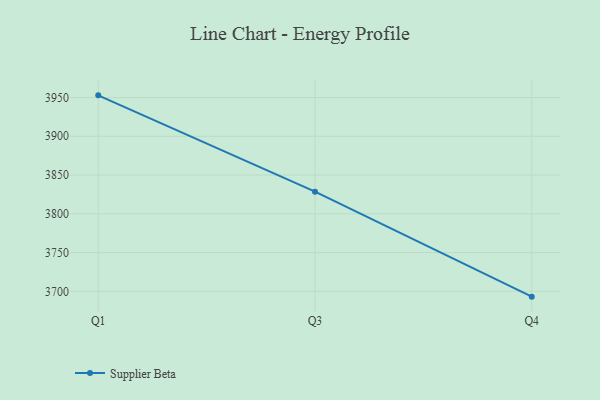
{"axis": {"x": "Quarter", "y": "Energy Usage (MWh)"}, "legend": ["Supplier Beta"], "data": [{"x": "Q1", "y": 3952.8, "type": "Supplier Beta"}, {"x": "Q3", "y": 3828.5, "type": "Supplier Beta"}, {"x": "Q4", "y": 3693.1, "type": "Supplier Beta"}]}